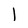
Character: 1